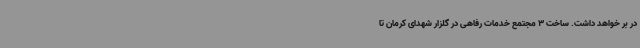
در بر خواهد داشت. ساخت 3 مجتمع خدمات رفاهی در گلزار شهدای کرمان تا